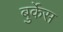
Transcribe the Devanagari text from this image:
बुर्केस